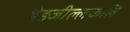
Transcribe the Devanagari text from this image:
थेङजील्लकलि